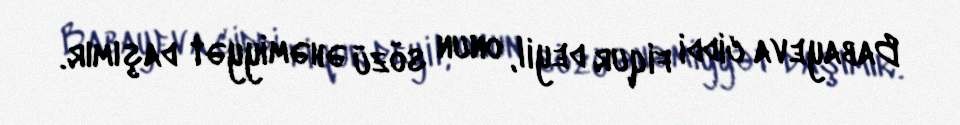
Babayeva ciddi fiqur deyil, onun sözü əhəmiyyət daşımır.